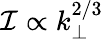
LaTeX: \mathcal{I}\propto k_{\perp}^{2/3}